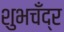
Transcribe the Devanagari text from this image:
शुभचँद्र